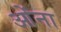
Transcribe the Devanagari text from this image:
ओंना